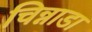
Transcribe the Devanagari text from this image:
चिन्नाडा